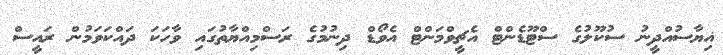
ޣިޔާސުއްދީނު ސުކޫލުގެ ސްޓޫޑެންޓް އެޗީވްމަންޓް އެވޯޑް ދިނުމުގެ ރަސްމިއްޔާތުގައި ވާހަކަ ދައްކަވަމުން ރައީސް